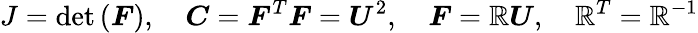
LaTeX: J=\operatorname*{det}\left({\boldsymbol{F}}\right),\quad{\boldsymbol{C}}={\boldsymbol{F}}^{T}{\boldsymbol{F}}={\boldsymbol{U}}^{2},\quad{\boldsymbol{F}}={\boldsymbol{\mathbb{R}}}{\boldsymbol{U}},\quad{\boldsymbol{\mathbb{R}}}^{T}={\boldsymbol{\mathbb{R}}}^{-1}